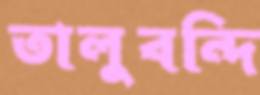
তালুবন্দি